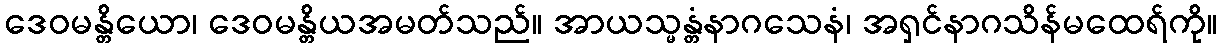
ဒေဝမန္တိယော၊ ဒေဝမန္တိယအမတ်သည်။ အာယသ္မန္တံနာဂသေနံ၊ အရှင်နာဂသိန်မထေရ်ကို။